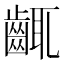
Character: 𪘛